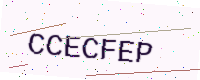
Text: CCECFEP